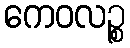
ကေဝလဉ္စ